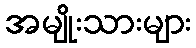
အမျိုးသားများ